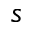
s